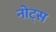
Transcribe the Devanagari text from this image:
नोट्‍स